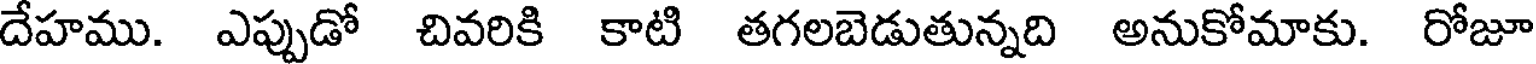
దేహము. ఎప్పుడో చివరికి కాటి తగలబెడుతున్నది అనుకోమాకు. రోజూ